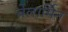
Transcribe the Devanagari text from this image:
बेलार्मिन